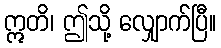
ဣတိ၊ ဤသို့ လျှောက်ပြီ။